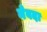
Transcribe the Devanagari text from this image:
मेवदा